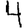
Digit: 4